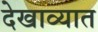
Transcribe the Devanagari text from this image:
देखाव्यात